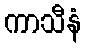
ကာသီနံ